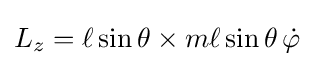
L_{z}=\ell \sin \theta \times m\ell \sin \theta \,{\dot {\varphi }}